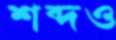
শব্দও